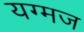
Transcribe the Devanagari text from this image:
यग्मज